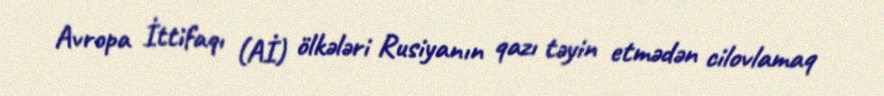
Avropa İttifaqı (Aİ) ölkələri Rusiyanın qazı təyin etmədən cilovlamaq